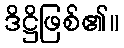
ဒိဋ္ဌိဖြစ်၏။